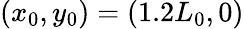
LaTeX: (x_{0},y_{0})=(1.2L_{0},0)